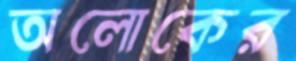
অলোকের